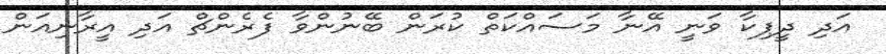
އަދި ދީޕިކާ ވަނީ އޭނާ މަސައްކަތް ކުރަން ބޭނުންވާ ފެރެންޗް އަދި އީރާނިއަން